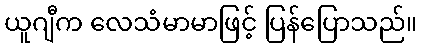
ယူဂျီက လေသံမာမာဖြင့် ပြန်ပြောသည်။